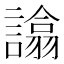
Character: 𧬈